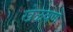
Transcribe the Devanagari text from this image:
खेळवणे